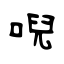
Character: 唲